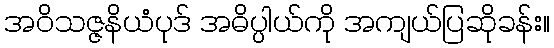
အဝိသဇ္ဇနိယံပုဒ် အဓိပ္ပါယ်ကို အကျယ်ပြဆိုခန်း။